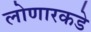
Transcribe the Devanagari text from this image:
लोणारकडे